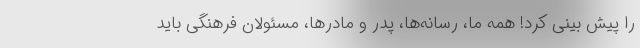
را پیش بینی کرد! همهٔ ما، رسانه‌ها، پدر و مادرها، مسئولان فرهنگی باید